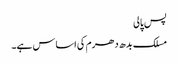
پس پالی
مسلک بدھ دھرم کی اساس ہے۔